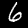
Digit: 6